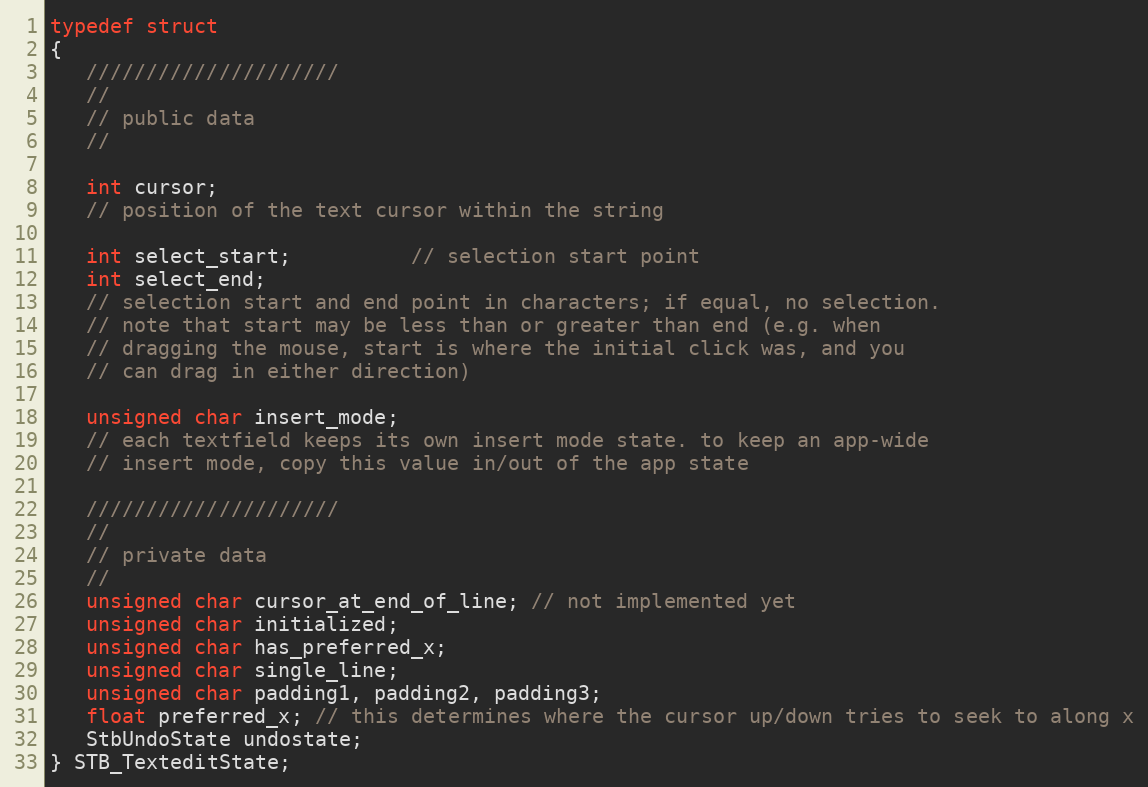
Language: C
typedef struct
{
   /////////////////////
   //
   // public data
   //

   int cursor;
   // position of the text cursor within the string

   int select_start;          // selection start point
   int select_end;
   // selection start and end point in characters; if equal, no selection.
   // note that start may be less than or greater than end (e.g. when
   // dragging the mouse, start is where the initial click was, and you
   // can drag in either direction)

   unsigned char insert_mode;
   // each textfield keeps its own insert mode state. to keep an app-wide
   // insert mode, copy this value in/out of the app state

   /////////////////////
   //
   // private data
   //
   unsigned char cursor_at_end_of_line; // not implemented yet
   unsigned char initialized;
   unsigned char has_preferred_x;
   unsigned char single_line;
   unsigned char padding1, padding2, padding3;
   float preferred_x; // this determines where the cursor up/down tries to seek to along x
   StbUndoState undostate;
} STB_TexteditState;